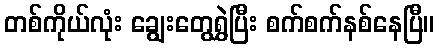
တစ်ကိုယ်လုံး ချွေးတွေရွှဲပြီး စက်စက်နစ်နေပြီ။